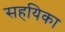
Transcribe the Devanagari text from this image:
सहयिका